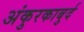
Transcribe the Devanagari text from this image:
अंकुरकाबुर्द